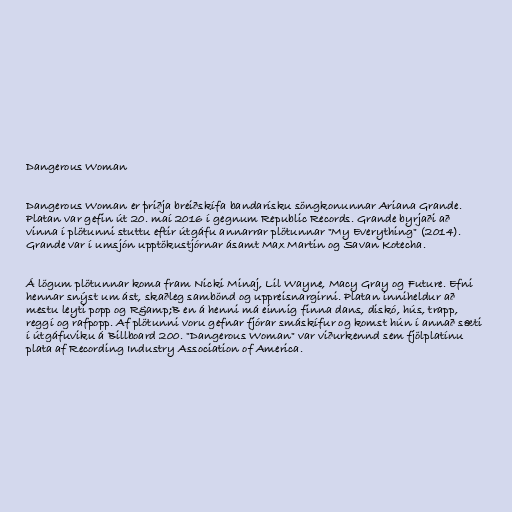
Dangerous Woman

Dangerous Woman er þriðja breiðskífa bandarísku söngkonunnar Ariana Grande.
Platan var gefin út 20. maí 2016 í gegnum Republic Records. Grande byrjaði að
vinna í plötunni stuttu eftir útgáfu annarrar plötunnar "My Everything" (2014).
Grande var í umsjón upptökustjórnar ásamt Max Martin og Savan Kotecha.

Á lögum plötunnar koma fram Nicki Minaj, Lil Wayne, Macy Gray og Future. Efni
hennar snýst um ást, skaðleg sambönd og uppreisnargirni. Platan inniheldur að
mestu leyti popp og R&amp;B en á henni má einnig finna dans, diskó, hús, trapp,
reggí og rafpopp. Af plötunni voru gefnar fjórar smáskífur og komst hún í annað sæti
í útgáfuviku á Billboard 200. "Dangerous Woman" var viðurkennd sem fjölplatínu
plata af Recording Industry Association of America.